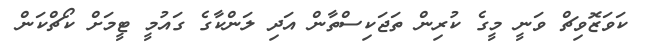
ކަވަޒޮވިޗް ވަނީ މީގެ ކުރިން ތަޖަކިސްތާން އަދި ލަންކާގެ ގައުމީ ޓީމަށް ކޯޗްކަން